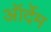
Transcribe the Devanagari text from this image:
ऑर्देम